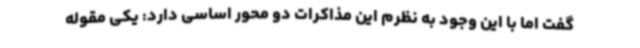
گفت اما با این وجود به نظرم این مذاکرات دو محور اساسی دارد: یکی مقوله